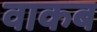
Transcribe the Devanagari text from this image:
वाकब